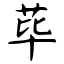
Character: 荜